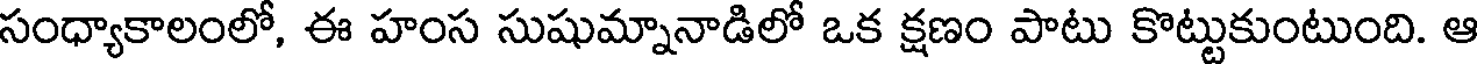
సంధ్యాకాలంలో, ఈ హంస సుషుమ్నానాడిలో ఒక క్షణం పాటు కొట్టుకుంటుంది. ఆ